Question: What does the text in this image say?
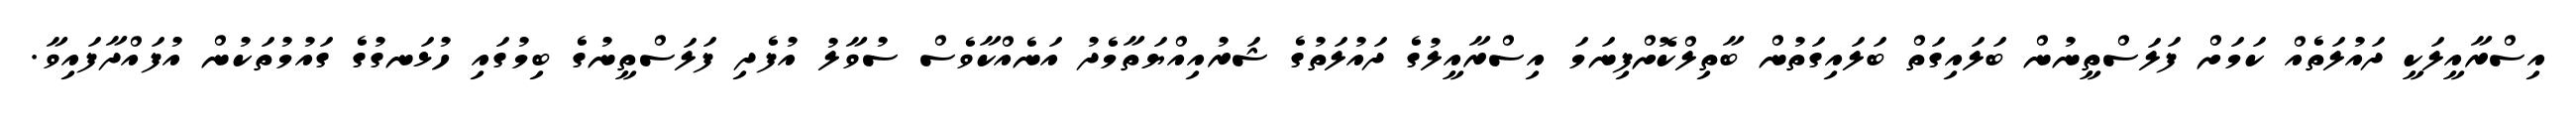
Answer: އިސްރާއީލަކީ ދައުލަތެއް ކަމަށް ފަލަސްތީނުން ބަލައިގަތް ބަލައިގަތުން ބާތިލްކޮށްފިނަމަ އިސްރާއީލުގެ ދައުލަތުގެ ޝަރުއިއްޔަތާމެދު އަނެއްކާވެސް ސުވާލު އުފެދި ފަލަސްތީނުގެ ބިމުގައި ހުޅަނގުގެ ގައުމުތަކުން އުފައްދާފައިވާ.